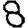
Digit: 8